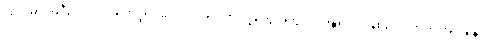
ပြင်ပမှာ အဲဒီလောက်အထိ ပူရင်တောင် အထဲက လူတွေအတွက် အန္တ္တရာယ်ဖြစ်လောက်တဲ့ အပူချိန်